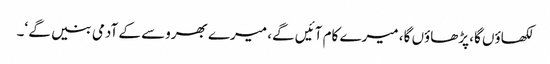
لکھاؤں گا، پڑھاؤں گا، میرے کام آئیں گے، میرے بھروسے کے آدمی بنیں گے ‘۔